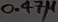
Text: 0.47µ